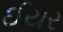
ઈયર